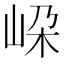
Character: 𡶲